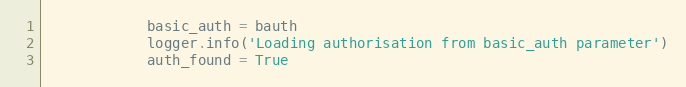
Language: Python
            basic_auth = bauth
            logger.info('Loading authorisation from basic_auth parameter')
            auth_found = True